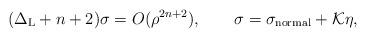
LaTeX: \begin{align*}(\Delta_\mathrm{L}+n+2)\sigma=O(\rho^{2n+2}),\qquad\sigma=\sigma_\mathrm{normal}+\mathcal{K}\eta,\end{align*}